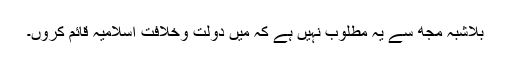
بلاشبہ مجھ سے یہ مطلوب نہيں ہے کہ میں دولت وخلافت اسلامیہ قائم کروں۔